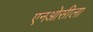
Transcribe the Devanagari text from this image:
एनओसीला